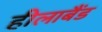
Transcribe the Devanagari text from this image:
हीलाबैंड